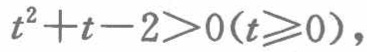
\(t^{2}+t - 2>0(t\geqslant0)\)